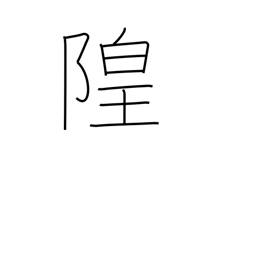
Meaning: dry moat